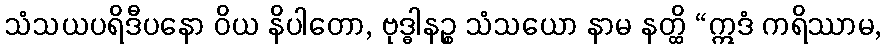
သံသယပရိဒီပနော ဝိယ နိပါတော, ဗုဒ္ဓါနဉ္စ သံသယော နာမ နတ္ထိ “ဣဒံ ကရိဿာမ,